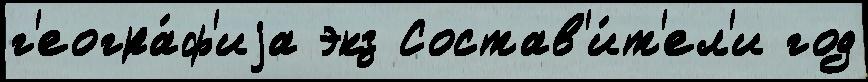
г'еогра́ф'иjа экз Состав'и́т'ел'и год